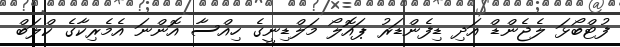
ފުޓްބޯޅަ ލެޖެންޑް އަދި ޑިފެންޑަރު ޕައޮލޯ މަލްޑިނީގެ ހިއްސާ އޮންނަ އެމެރިކާގެ ކްލަބް